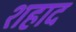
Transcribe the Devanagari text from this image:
शहाद